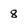
Character: 8